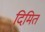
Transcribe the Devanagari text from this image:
दिमित